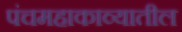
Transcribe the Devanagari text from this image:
पंचमहाकाव्यातील